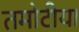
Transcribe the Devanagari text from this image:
तमोटीया